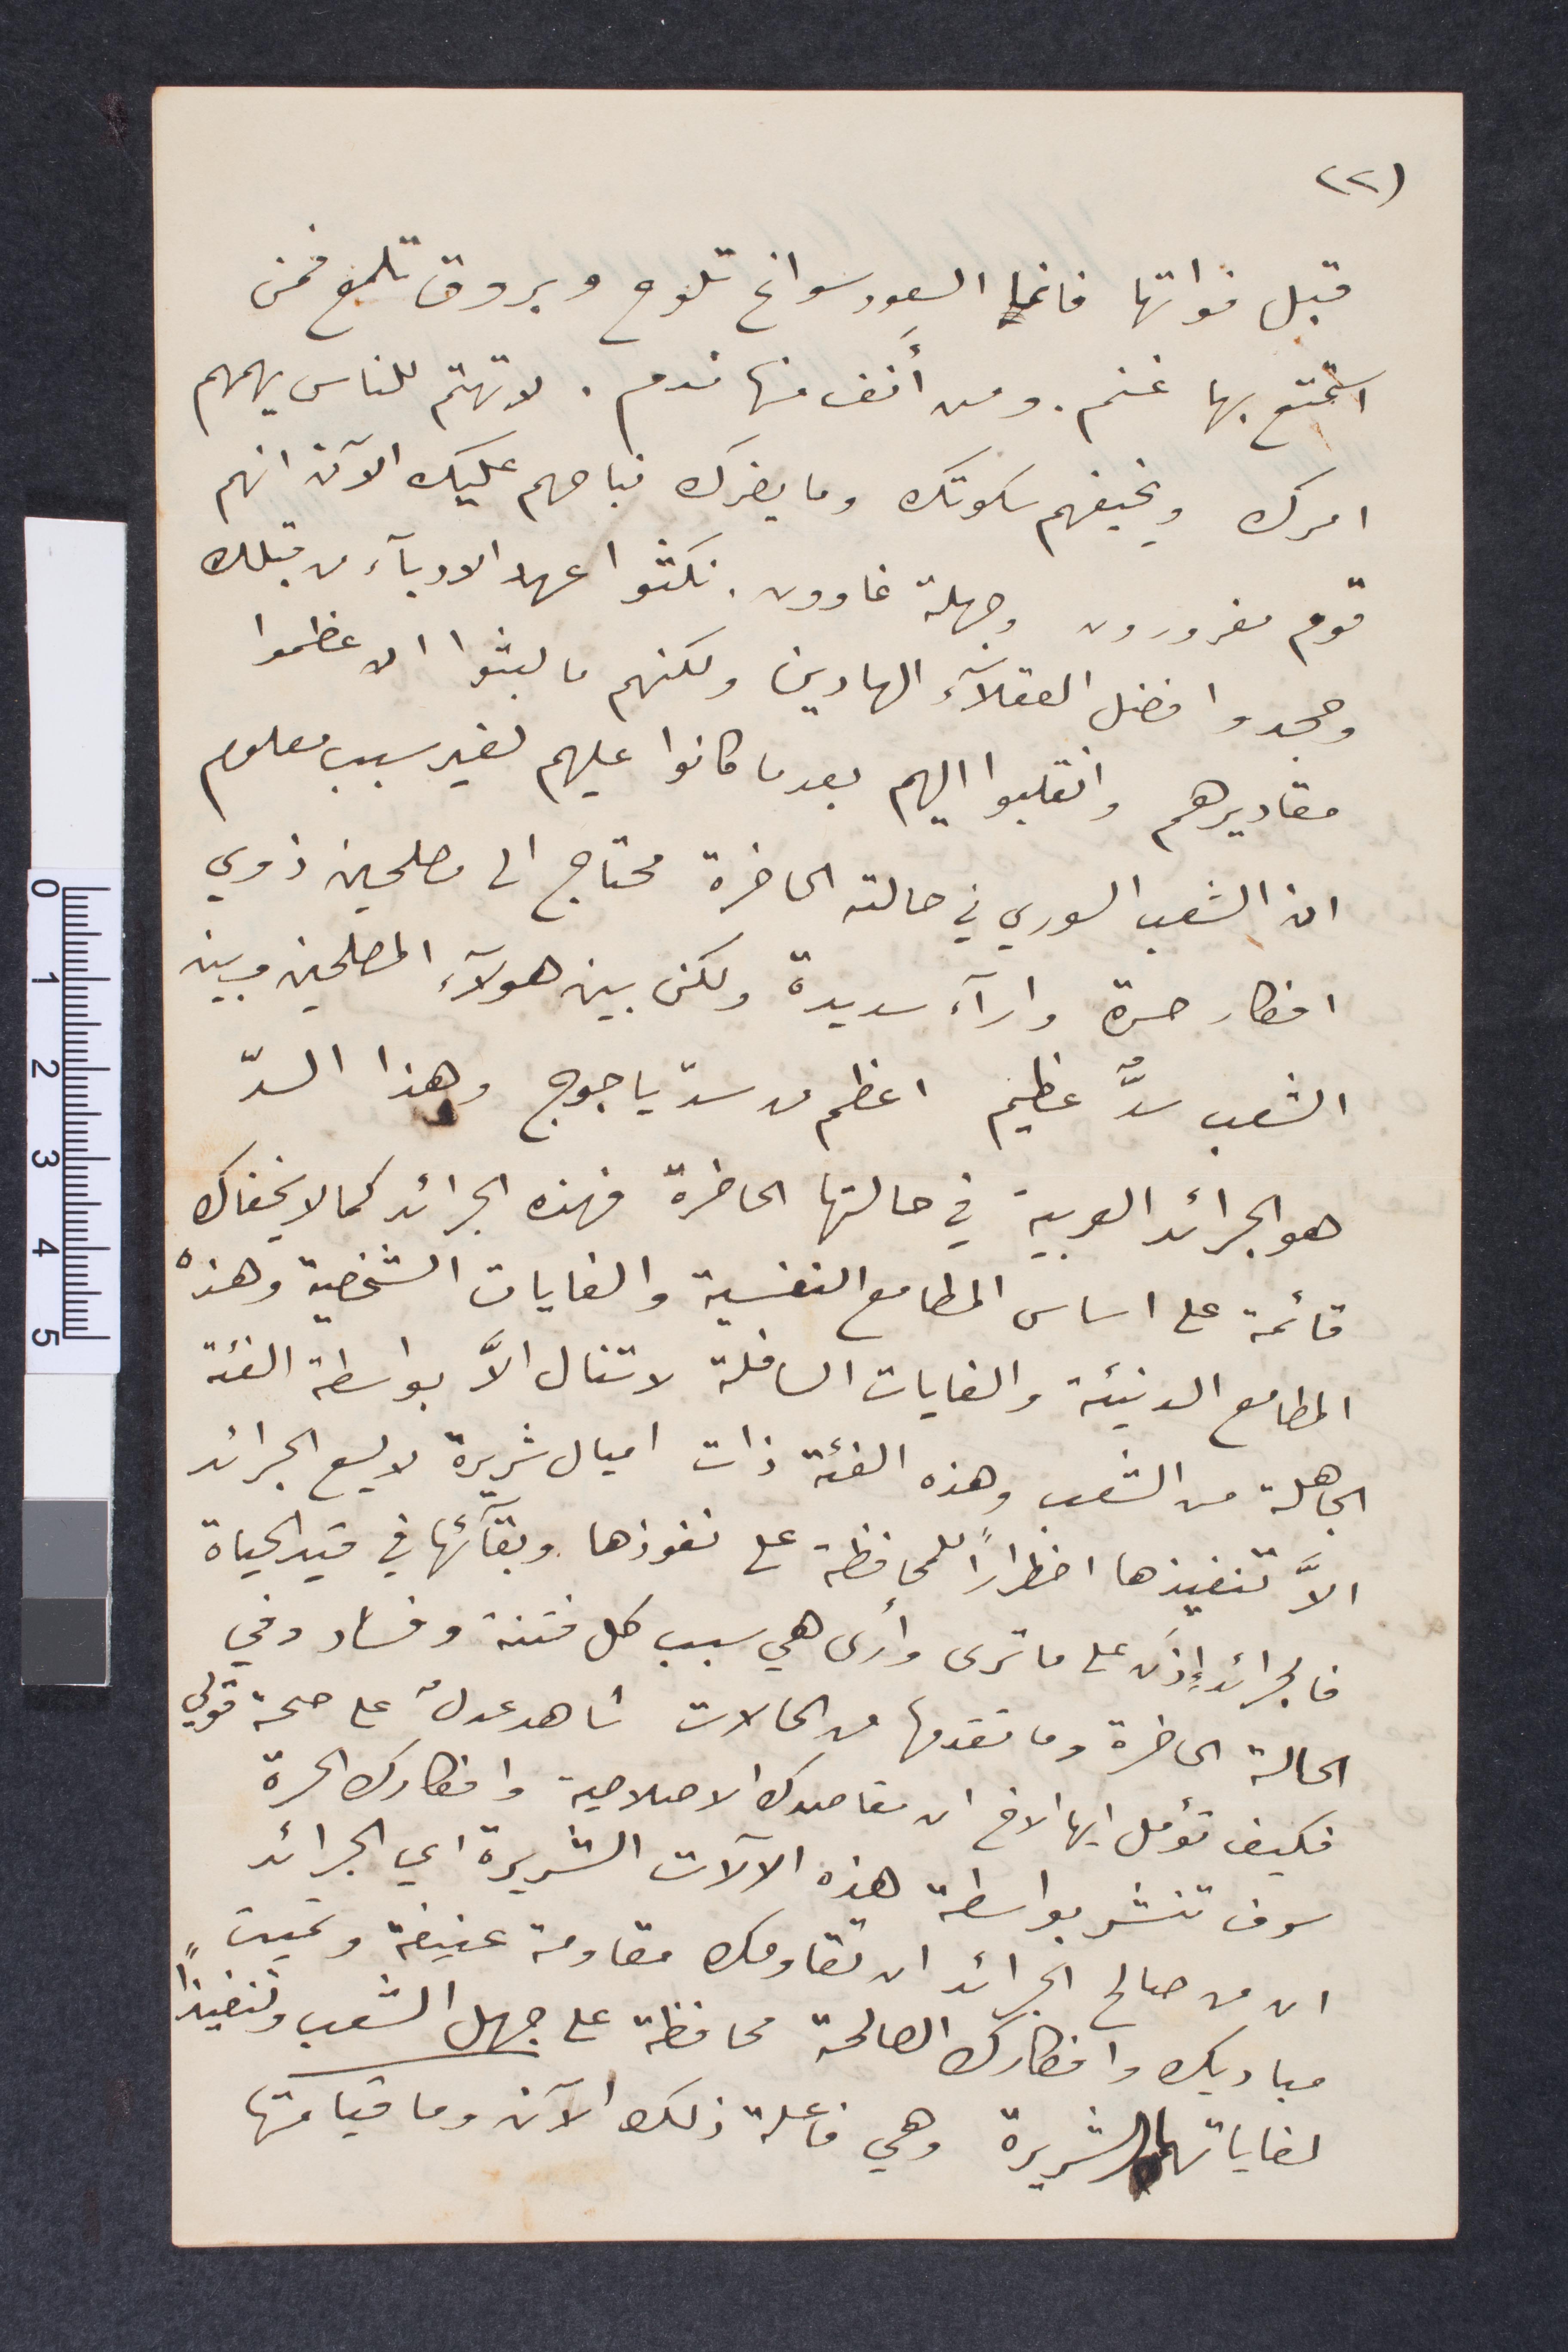
قبل فواتها فانما السعود سوانح تلوح وبروق تلمح فمن
استمتع بها غنم ومن انف منها ندم. لا تهتم للناس يهمهم
ويخيفهم سكوتك وما يضرك نباحهم عليك الآن انهم
قوم مغرورون وجهلة غاوون نكثوا عهد الأدباء من قبلك
وجحدوا فضل العقلاء الهادين ولكنهم ما لبثوا الا عظموا
مقاديرهم وانقلبوا اليهم بعدما قاموا عليهم لغير سبب معلوم
ان الشعب السوري في حالته الحاضرة محتاج الى مصلحين ذوي
أفكار حرة وآراء سديدة ولكن بين هؤلاء المصلحين وبين
الشعب سدٌّ عظيم اعظم من سدّ ياجوج. وهذا السدّ
هو الجرائد العربية في حالتها الحاضرة فهذه الجرائد كما لا يخفاك
قائمة على أساس المطامع النفسية الغايات الشخصية وهذه
المطامع الدنيئة والغايات السافلة لا تنال الا بواسطة الفئة
الجاهلة من الشعب وهذه الفئة ذات اميال شريرة لا يسع الجرائد
لا تنفيذها اضطرارًا للمحافظة على نفوذها وبقاءَها في قيد الحياة
فالجرائد إذ على ما ترى وارى هي سبب كل فتنة وفساد وفي
الحالة الحاضرة وما تقدها من الحالات  شاهد عدل على صحة قولي
فكيف تؤمل أيها الأخ ان مقاصدك الإصلاحية افكارم الحرة
شوف تنشر بواسطة هذه الالات الشريرة أي الجرائد
ان من صالح الجرائد ان تقاومك مقاومة عنيفة وتميت
مباديك وافكارك الصالحة محافظة على جهل الشعب ولنعيت
لغاياتها الشريرة وهي فاعلة ذلك الآن وما قيامتها